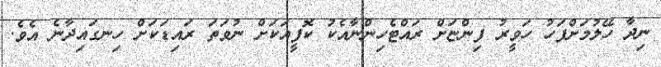
ނިދާ ހޭލުމަށްފަހު ހަވީރު ފިންޏަށް ރައްޓެހިންނާއެކު ކޮފީއަކަށް ނުވަތަ ރައިޑަކަށް ހިނގައިދާނެ އެވެ.